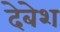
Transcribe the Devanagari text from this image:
देबेश